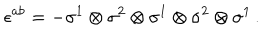
LaTeX: \epsilon ^ { a b } = - \sigma ^ { 1 } \otimes \sigma ^ { 2 } \otimes \sigma ^ { 1 } \otimes \sigma ^ { 2 } \otimes \sigma ^ { 1 } \, .